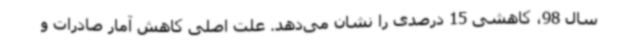
سال 98، کاهشی 15 درصدی را نشان می‌دهد. علت اصلی کاهش آمار صادرات و